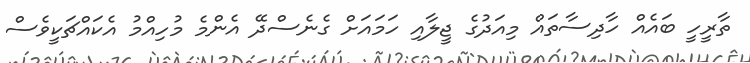
ތާރީހީ ބައެއް ހާދިސާތައް މިއަދުގެ ޖީލާއި ހަމައަށް ގެނެސްދޭ އެންމެ މުހިއްމު އެކައްޗަކީވެސް